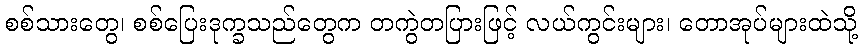
စစ်သားတွေ၊ စစ်ပြေးဒုက္ခသည်တွေက တကွဲတပြားဖြင့် လယ်ကွင်းများ၊ တောအုပ်များထဲသို့